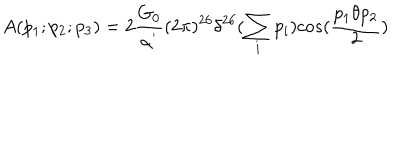
LaTeX: A ( p _ { 1 } ; p _ { 2 } ; p _ { 3 } ) = 2 \frac { G _ { 0 } } { \alpha ^ { ' } } ( 2 \pi ) ^ { 2 6 } \delta ^ { 2 6 } ( \sum _ { i } p _ { i } ) c o s ( \frac { p _ { 1 } \theta p _ { 2 } } { 2 } )